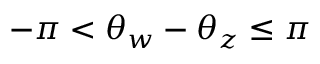
- \pi < \theta _ { w } - \theta _ { z } \leq \pi